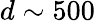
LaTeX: d\sim 500